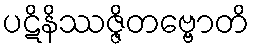
ပဋိနိဿဇ္ဇိတဗ္ဗောတိ